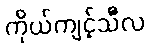
ကိုယ်ကျင့်သီလ